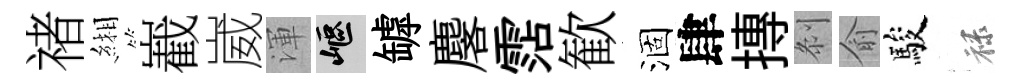
禇緗嶻崴渾嶇罅麐霑歓涸肆摶𠛴俞駿禄